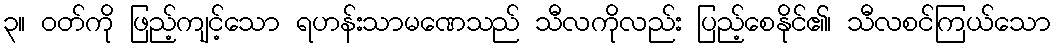
၃။ ဝတ်ကို ဖြည့်ကျင့်သော ရဟန်းသာမဏေသည် သီလကိုလည်း ပြည့်စေနိုင်၏၊ သီလစင်ကြယ်သော